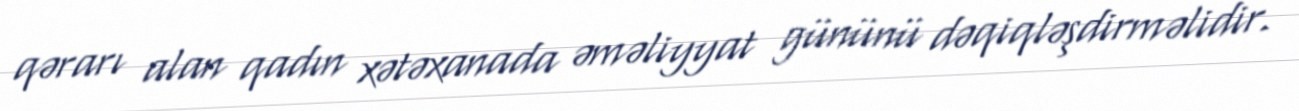
qərarı alan qadın xətəxanada əməliyyat gününü dəqiqləşdirməlidir.